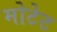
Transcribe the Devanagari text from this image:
मोटेट